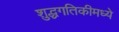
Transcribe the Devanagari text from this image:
शुद्धगतिकीमध्ये